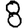
Digit: 8